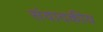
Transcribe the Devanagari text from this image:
संवादकीय